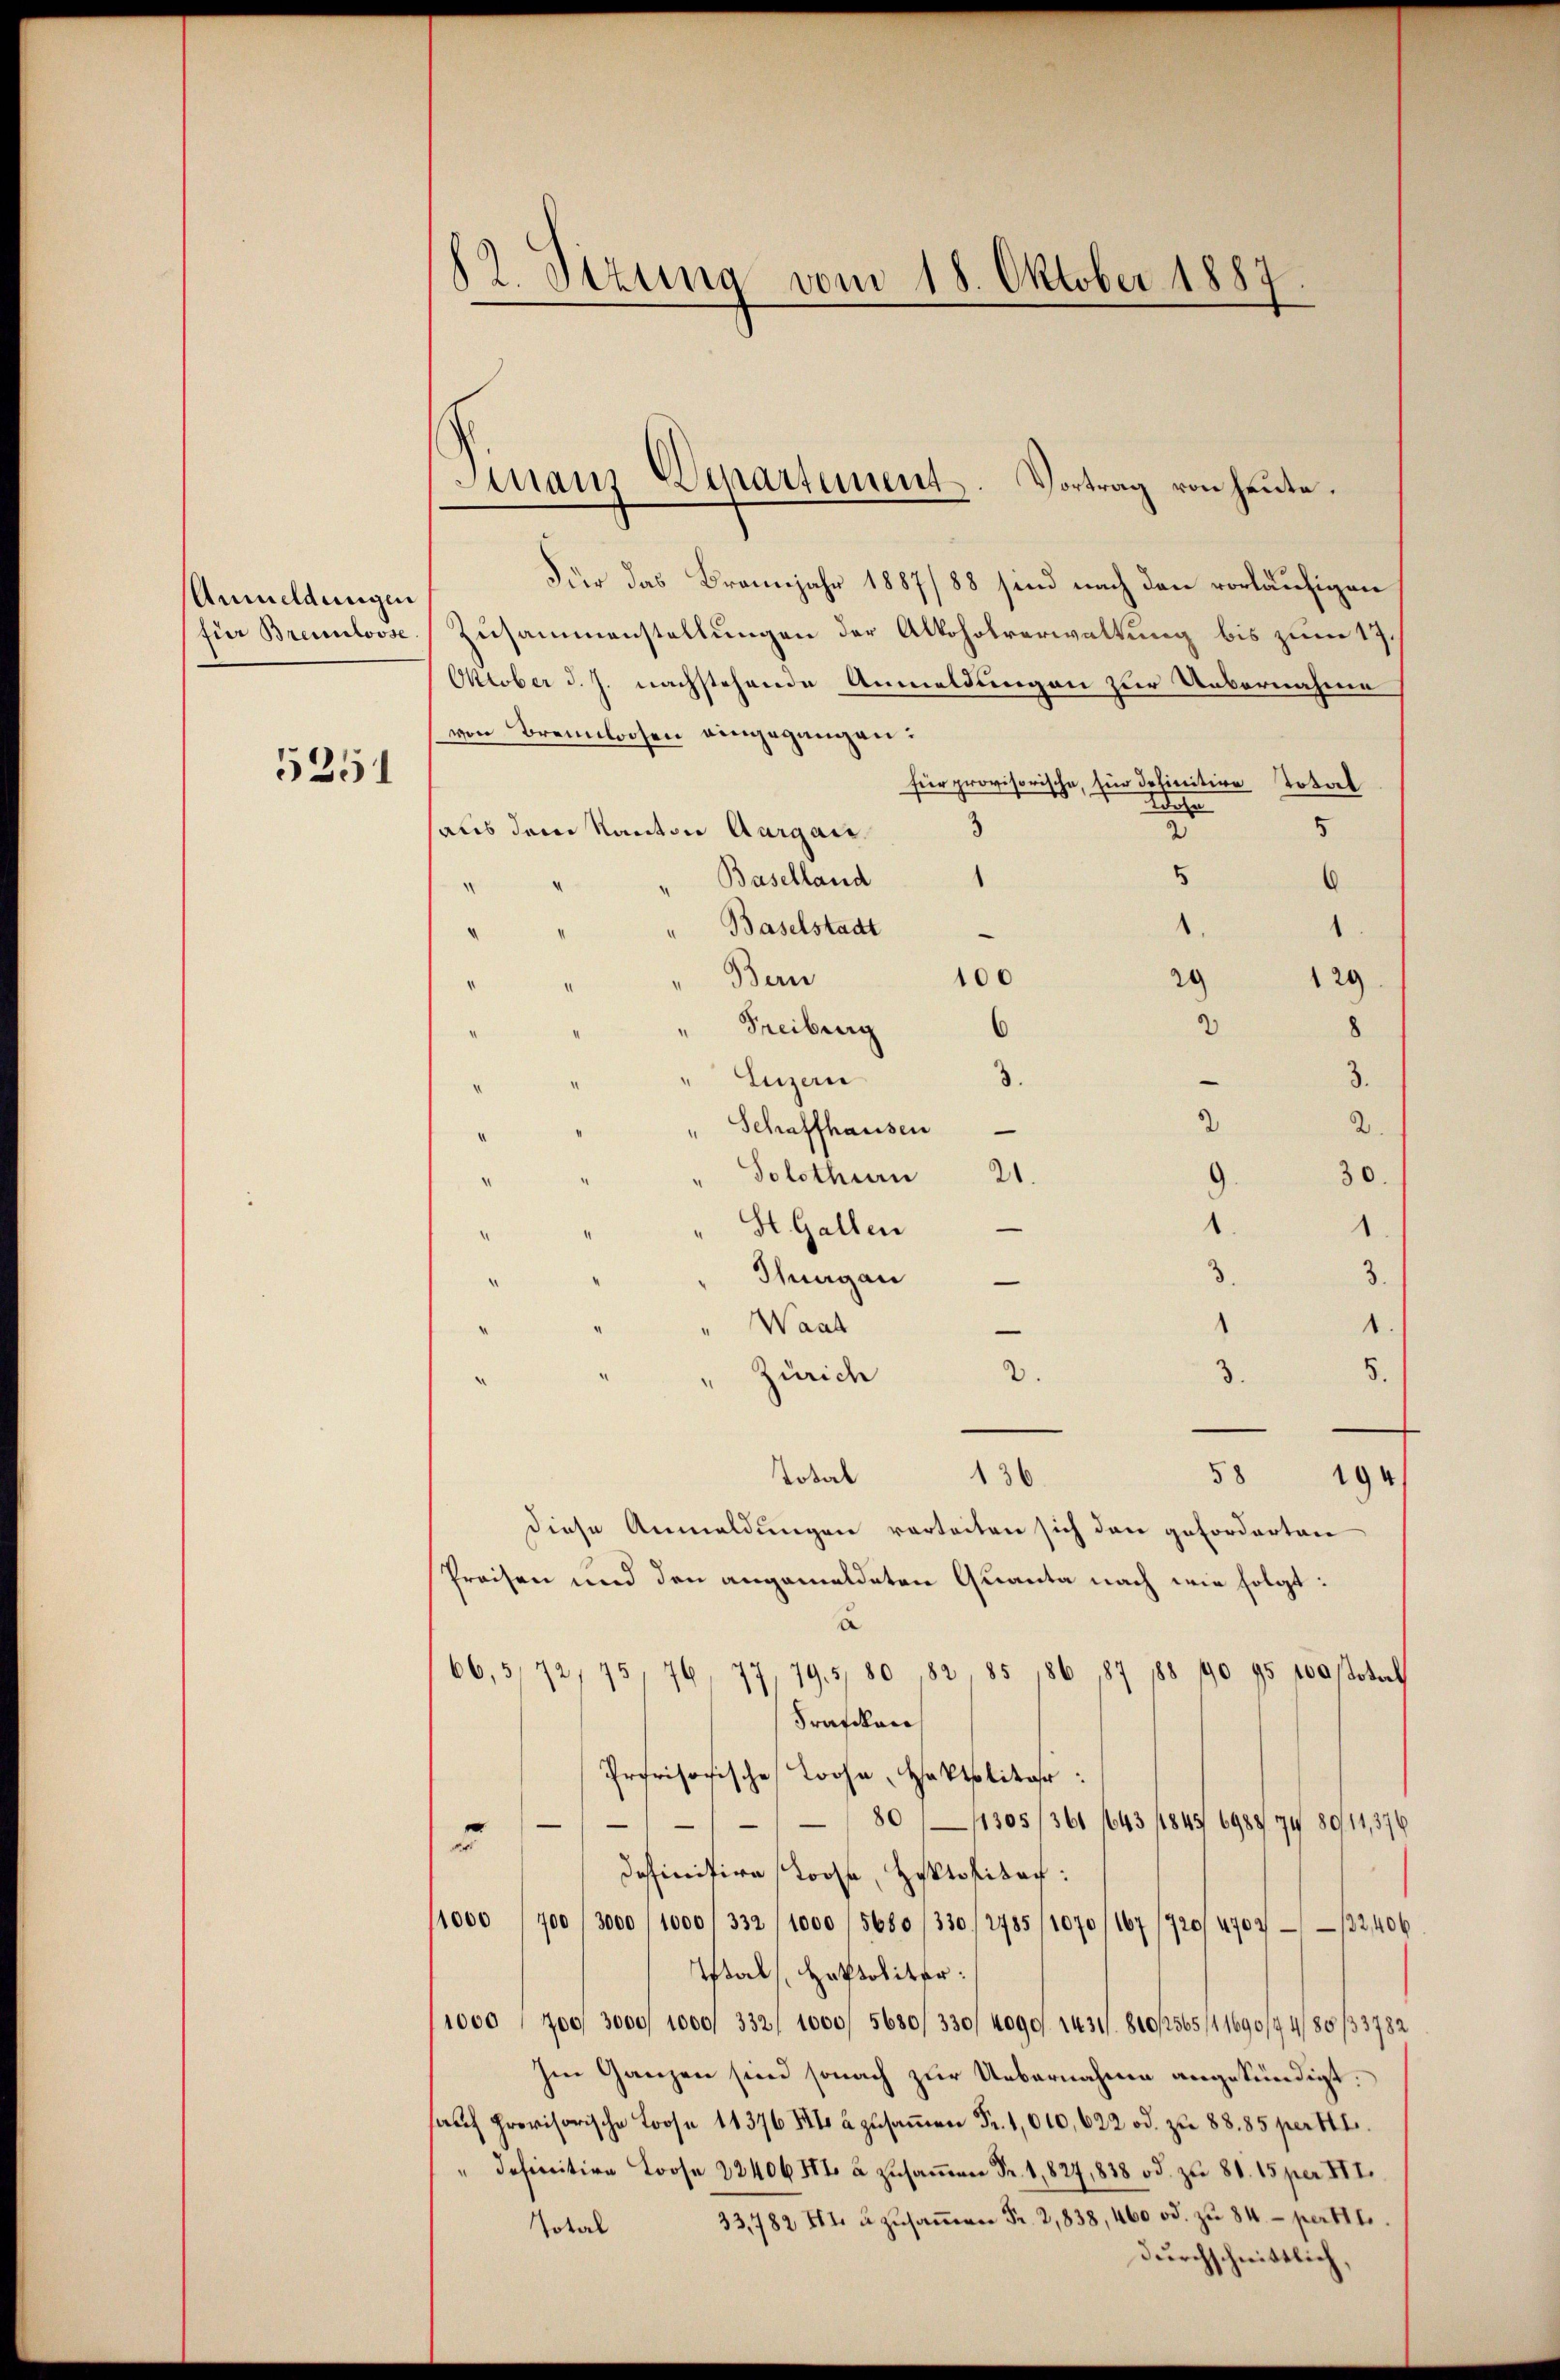
Anmeldungen
für Brennlosse

5251

82. Sizung vom 18. Oktober 1887.

Mans Departement. Vortrag von heute.

Für das Brannjahr 1887/88 sind nach den vorläufigen
Zusammenstellungen der Alkoholverwaltung bis zum 17.
Oktober d. J. nachstehende Anmeldungen zur Uebernahme
von Brennlosen eingegangen:
für provisorische, für definitive Total
Wohn
5
haus dem Kanton Aargau.
5
Baselland
6
d
" Baselstadt
1
¬
" Bern
129
100
29
2
" Freiburg
" Luzern
3
3
2.
Schaffhausen
" Solothurn
2
30.
)
.
St. Gallen
3
Thurgau
1.
Waat
2.
Zürich
3.
Total 136.
58 194
diese Anmeldungen verteiten sich dann geforderten
Preisen und den angemeldeten Quanta nach wie folgt:
a
66,5,72/75, 76, 77, 795, 80 82 85 186, 187 188 790 95 100 Josef
Frafdlan
Provisorische Loose, Hektpolitar:
80//1305/361 1643 (1845 6987 74 80/11, 376
u
deffinitive Stoose, Holtolitat.
/1000 (700 (3000/1000 /332/1000 (5680/330, 2785/1070/167/720/4707/32,406
Istals Halpoliter:
11000 (700, 3000/ 1000/ 332/ 1000/ 5680/330/ 4090. 1431/810/2565/11690/44/85/33782
Im Ganzen sind sonach zur Uebernahme angekündigt.
aŭfpreisch 1837 zŭsaṁen Fr. 1010, 622 od. zu 88. 85 per 141.
" definitive Loose 224065t u zŭsaṁen Fr. 1827, 838 od. zu 81. 15 per III.
Total 33,782 84 u zŭsaṁen Fr. 2,838, 460 od. zŭ 84.- per 111.
durchschnittlich,